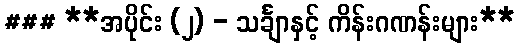
### **အပိုင်း (၂) - သင်္ချာနှင့် ကိန်းဂဏန်းများ**